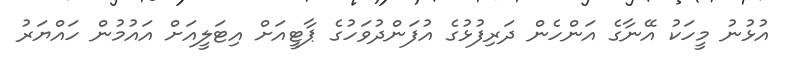
އުޅުނު މީހަކު އޭނާގެ އަންހެން ދަރިފުޅުގެ އުފަންދުވަހުގެ ޕާޓީއަށް އިޓަލީއަށް އައުމުން ހައްޔަރު